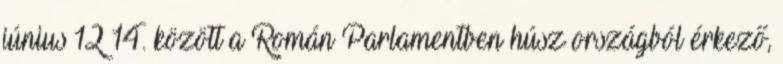
június 12−14. között a Román Parlamentben húsz országból érkező,